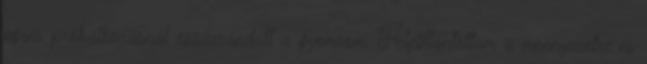
egyes próbálkozásnál összerándult a gyomrom. Felpillantottam a mennyezetre és